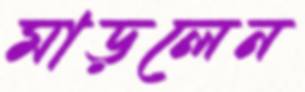
মাড়লেন